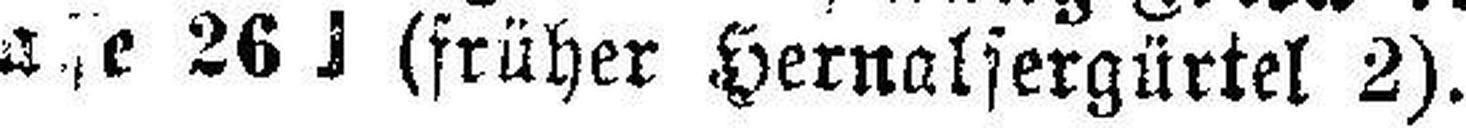
a###e 26 | (früher Hernalsergürtel 2).